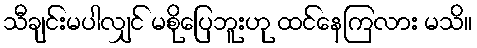
သီချင်းမပါလျှင် မစိုပြေဘူးဟု ထင်နေကြလား မသိ။